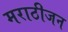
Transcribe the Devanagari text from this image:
मराठीजन